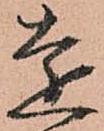
遠